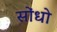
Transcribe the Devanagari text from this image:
सोंधो